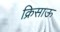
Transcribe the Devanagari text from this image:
क्रिसाऊ